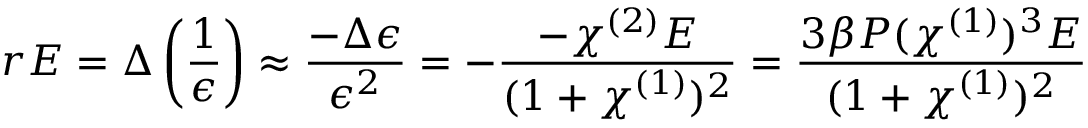
r E = \Delta \left( \frac { 1 } { \epsilon } \right) \approx \frac { - \Delta \epsilon } { \epsilon ^ { 2 } } = - \frac { - \chi ^ { ( 2 ) } E } { ( 1 + \chi ^ { ( 1 ) } ) ^ { 2 } } = \frac { 3 \beta P ( \chi ^ { ( 1 ) } ) ^ { 3 } E } { ( 1 + \chi ^ { ( 1 ) } ) ^ { 2 } }